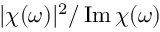
| \chi ( \omega ) | ^ { 2 } / \operatorname { I m } \chi ( \omega )